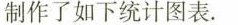
制作了如下统计图表。